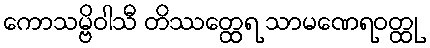
ကောသမ္ဗိဝါသီ တိဿတ္ထေရ သာမဏေရဝတ္ထု